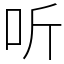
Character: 听